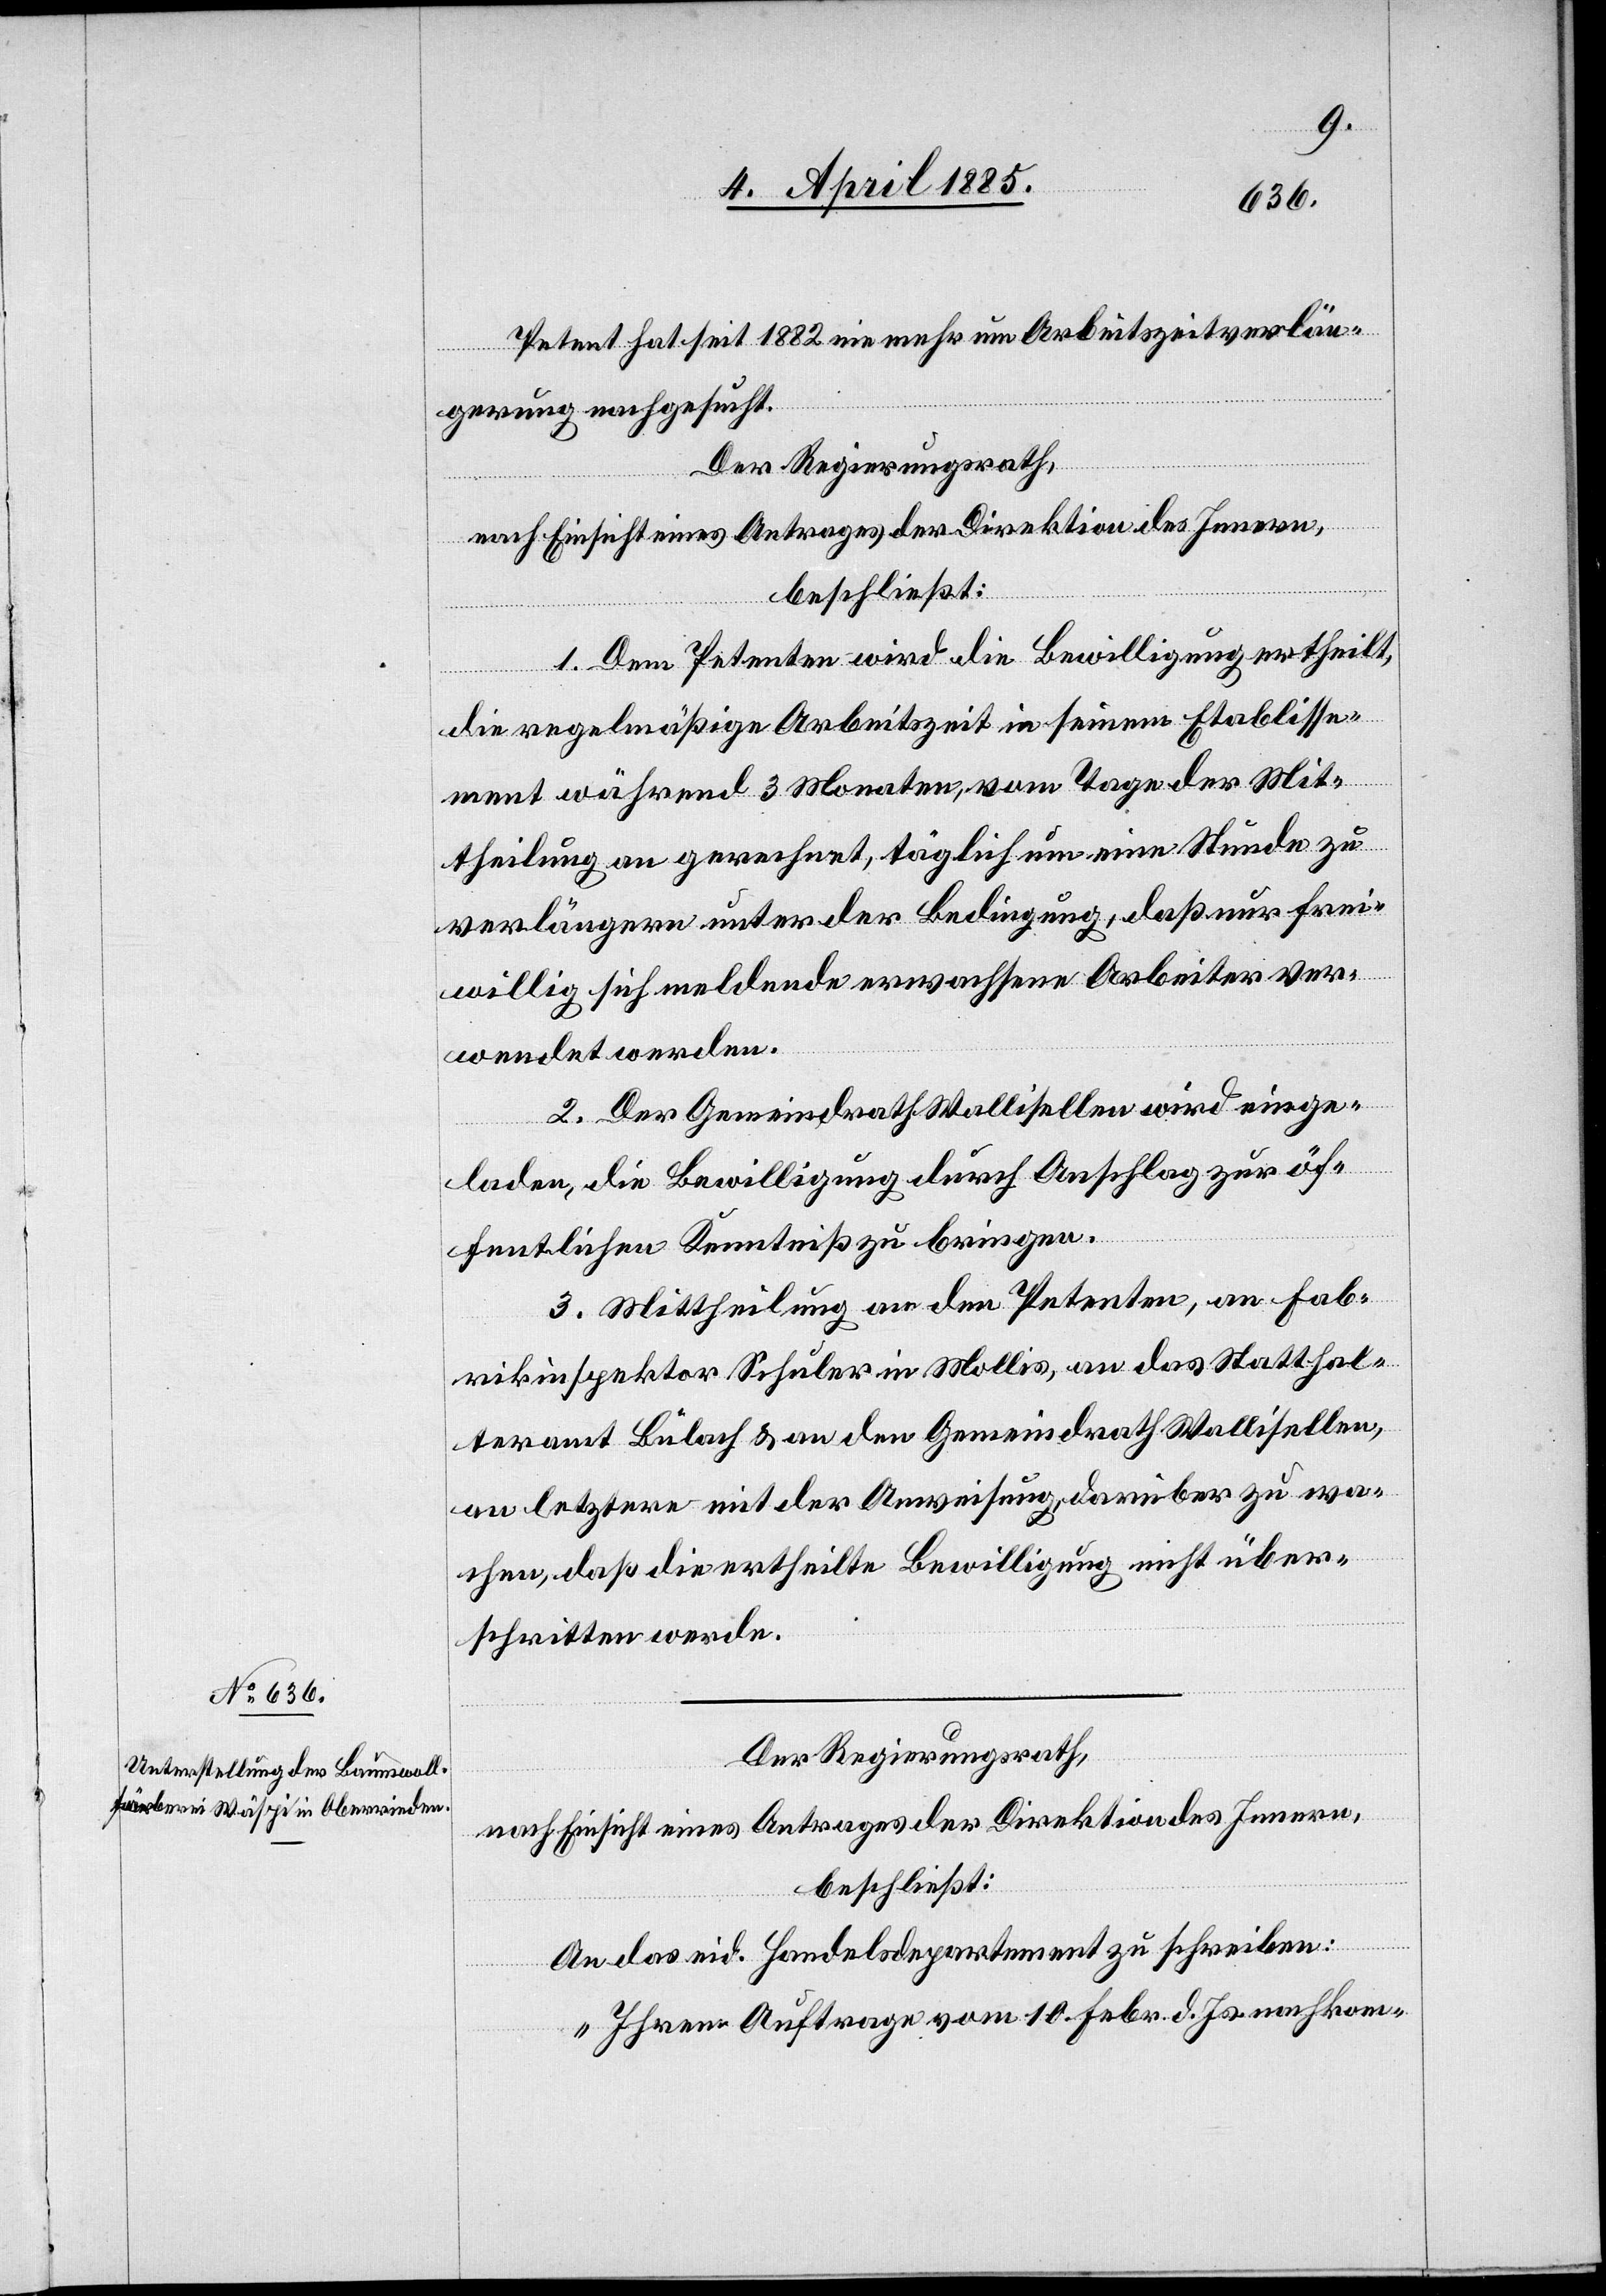
Petent hat seit 1882 nie mehr um Arbeitszeitverlän¬
gerung nachgesucht.
Der Regierungsrath,
nach Einsicht eines Antrages der Direktion des Innern,
beschließt:
1. Dem Petenten wird die Bewilligung ertheilt,
die regelmäßige Arbeitszeit in seinem Etablisse¬
ment während 3 Monaten, vom Tage der Mit¬
theilung an gerechnet, täglich um eine Stunde zu
verlängern unter der Bedingung, daß nur frei¬
willig sich meldende erwachsene Arbeiter ver¬
wendet werden.
2. Der Gemeindrath Wallisellen wird einge¬
laden, die Bewilligung durch Anschlag zur öf¬
fentlichen Kenntniß zu bringen.
3. Mittheilung an den Petenten, an Fab¬
rikinspektor Schuler in Mollis, an das Statthal¬
teramt Bülach & an den Gemeindrath Wallisellen,
an letztern mit der Anweisung, darüber zu wa¬
chen, daß die ertheilte Bewilligung nicht über¬
schritten werde.
Der Regierungsrath,
nach Einsicht eines Antrages der Direktion des Innern,
beschließt:
An das eid. Handelsdepartement zu schreiben:
„Ihren Auftrage vom 10. Febr. d. Js. nachkom-